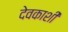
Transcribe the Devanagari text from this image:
देवकाशी